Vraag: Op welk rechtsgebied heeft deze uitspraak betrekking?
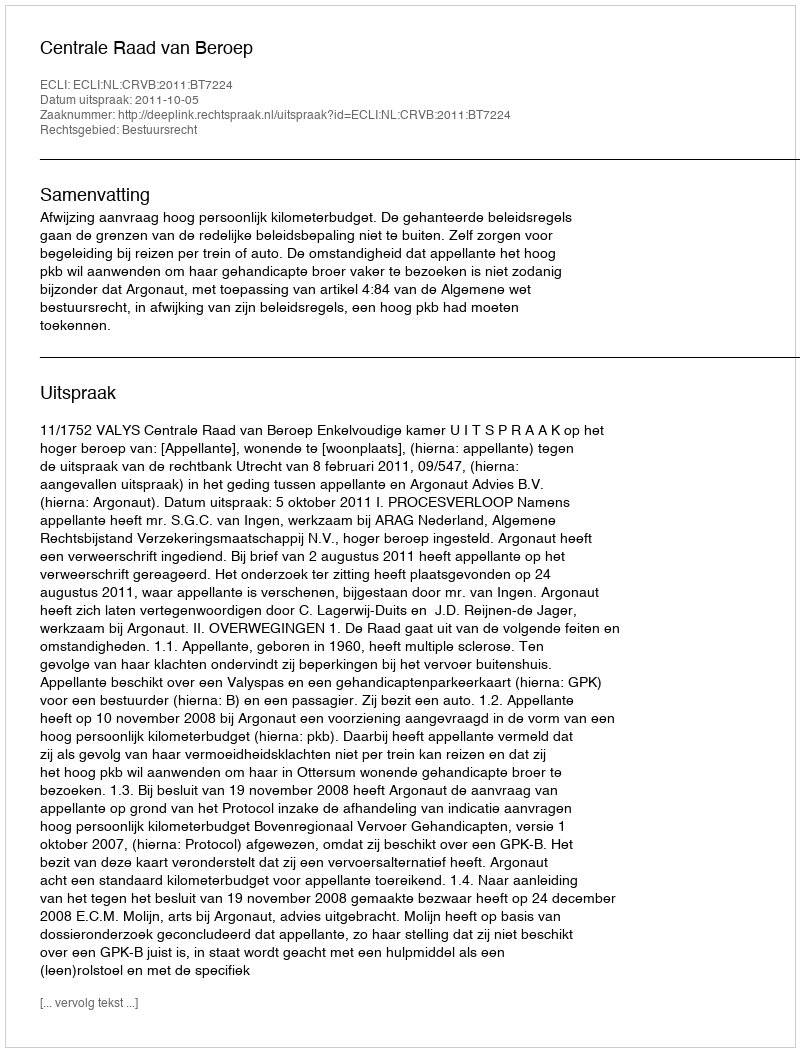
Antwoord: Bestuursrecht